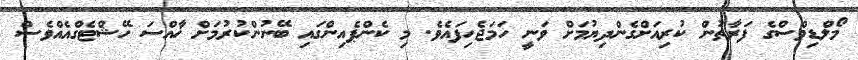
މޯލްޑިވްސްގެ ފަރާތުން ކުރިއަށްގެންދިޔުމަށް ވަނީ ހަމަޖެހިފައެވެ. މި ކެންޕެއިންގައި ބޭނުންކުރުމަށް ޚާއްސަ ހޭޝްޓެގްއެއްވެސް